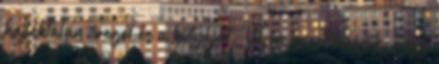
hajléktalan öreget és a kutyáját. Vajon miért hisszük, hogy